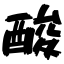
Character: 酸